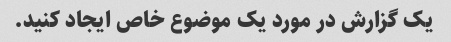
یک گزارش در مورد یک موضوع خاص ایجاد کنید.